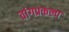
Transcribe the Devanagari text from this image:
वांगप्रकल्प